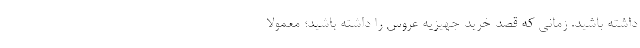
داشته باشید. زمانی که قصد خرید جهیزیه عروس را داشته باشید؛ معمولا